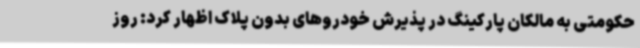
حکومتی به مالکان پارکینگ در پذیرش خودروهای بدون پلاک اظهار کرد: روز